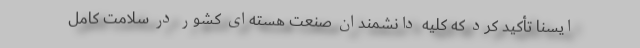
ایسنا تأکید کرد که کلیه دانشمندان صنعت هسته‌ای کشور در سلامت کامل